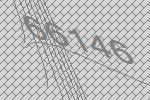
66146